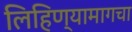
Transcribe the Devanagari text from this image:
लिहिण्यामागचा